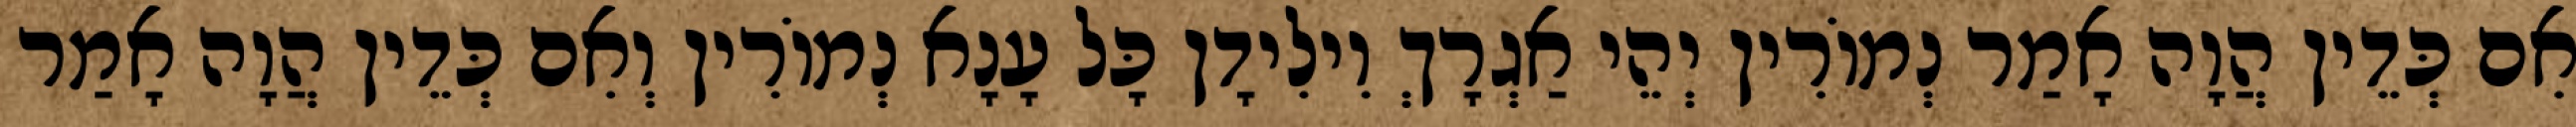
אִם כְּדֵין הֲוָה אָמַר נְמוֹרִין יְהֵי אַגְרָךְ וִילִידָן כָּל עָנָא נְמוֹרִין וְאִם כְּדֵין הֲוָה אָמַר